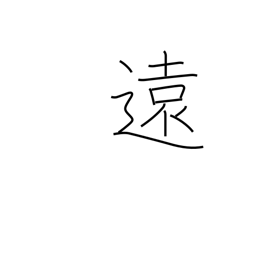
Meaning: distant